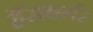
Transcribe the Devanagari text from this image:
हैंसबर्गर